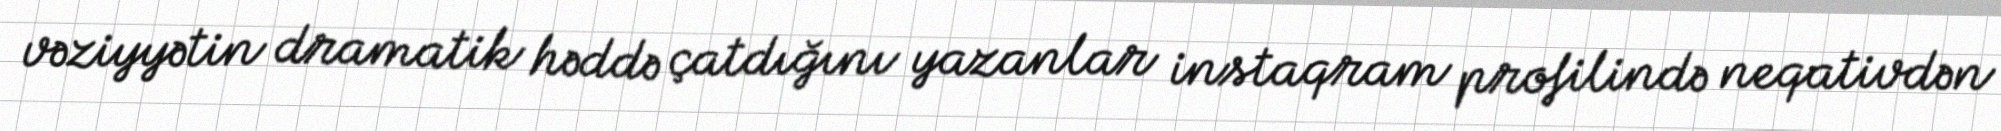
vəziyyətin dramatik həddə çatdığını yazanlar instaqram profilində neqativdən